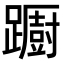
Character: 𨆼